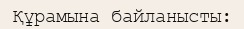
Құрамына байланысты: